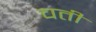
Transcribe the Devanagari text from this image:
चतीं